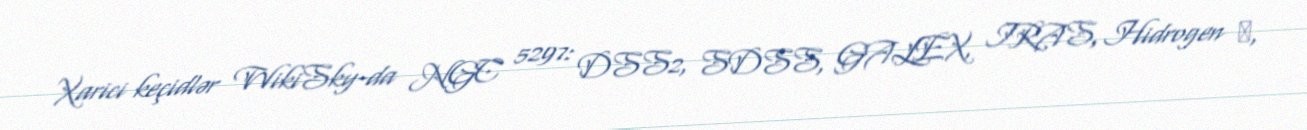
Xarici keçidlər WikiSky-da NGC 5297: DSS2, SDSS, GALEX, IRAS, Hidrogen α,